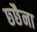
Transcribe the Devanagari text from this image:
छ्छैना